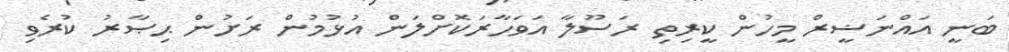
ބަނީ އައްނަޟީރް މީހުން ކީރިތި ރަސޫލާ އަވަހާރަކޮށްލަން އުޅުމުން ރަށުން ޙިޞާރު ކުރެވި